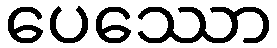
ပေဿော